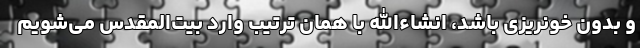
و بدون خونریزی باشد، انشاءالله با همان ترتیب وارد بیت‌المقدس می‌شویم